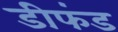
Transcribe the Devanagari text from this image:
डीफंड